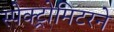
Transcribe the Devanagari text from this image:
स्पेक्ट्रोमिटरने